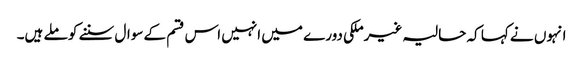
انہوں نے کہا کہ حالیہ غیرملکی دورے میں انہیں اس قسم کے سوال سننے کو ملے ہیں۔